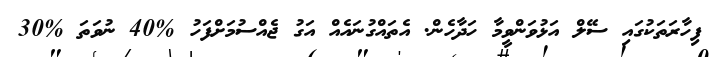
ފިހާރަތަކުގައި ސޭލް އަޅުވަންވީމާ ހަދާހެން. އެތައްގުނައެއް އަގު ޖެއްސުމަށްފަހު %40 ނުވަތަ %30